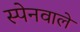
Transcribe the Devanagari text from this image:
स्पेनवाले